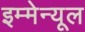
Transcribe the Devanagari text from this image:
इम्मेन्यूल